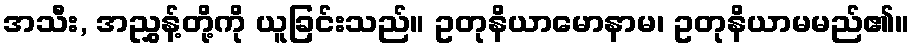
အသီး, အညွှန့်တို့ကို ယူခြင်းသည်။ ဥတုနိယာမောနာမ၊ ဥတုနိယာမမည်၏။